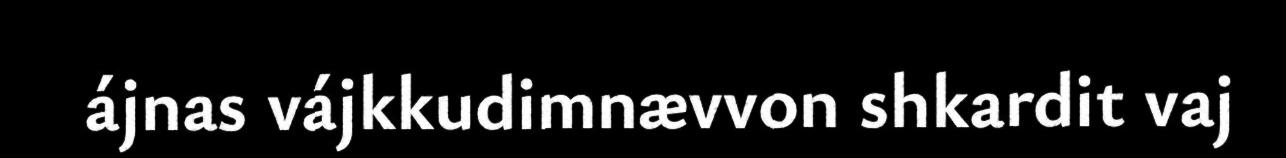
ájnas vájkkudimnævvon shkardit vaj